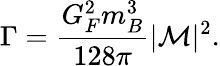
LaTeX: \Gamma=\frac{G_{F}^{2}m_{B}^{3}}{128\pi}|{\cal M}|^{2}.